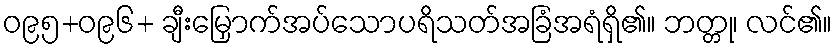
ဝ၉၅+ဝ၉၆+ ချီးမြှောက်အပ်သောပရိသတ်အခြံအရံရှိ၏။ ဘတ္တု၊ လင်၏။